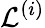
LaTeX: \mathcal{L}^{(i)}